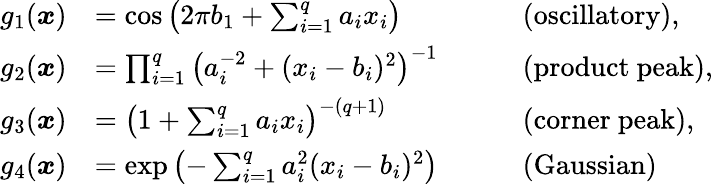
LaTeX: \begin{array}{rlrl}{g_{1}(\boldsymbol{x})}&{=\cos\left(2\pi b_{1}+\sum_{i=1}^{q}a_{i}x_{i}\right)\quad}&&{\mathrm{(oscillatory)},}\\ {g_{2}(\boldsymbol{x})}&{=\prod_{i=1}^{q}\left(a_{i}^{-2}+(x_{i}-b_{i})^{2}\right)^{-1}\quad}&&{\mathrm{(product~peak)},}\\ {g_{3}(\boldsymbol{x})}&{=\left(1+\sum_{i=1}^{q}a_{i}x_{i}\right)^{-(q+1)}\quad}&&{\mathrm{(corner~peak)},}\\ {g_{4}(\boldsymbol{x})}&{=\exp\left(-\sum_{i=1}^{q}a_{i}^{2}(x_{i}-b_{i})^{2}\right)\quad}&&{\mathrm{(Gaussian)}}\end{array}